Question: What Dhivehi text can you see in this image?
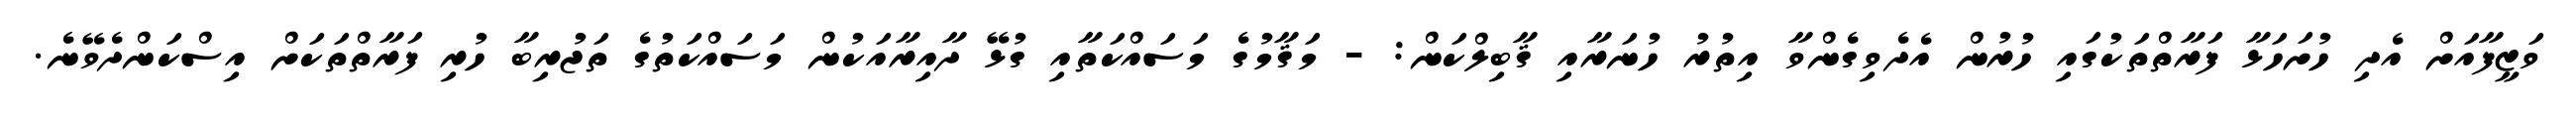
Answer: ވަޒީފާއަށް އެދި ހުށަހަޅާ ފަރާތްތަކުގައި ހުރުން އެދެވިގެންވާ އިތުރު ހުނަރާއި ޤާބިލްކަން: - މަޤާމުގެ މަސައްކަތާއި ގުޅޭ ދާއިރާއަކުން މަސައްކަތުގެ ތަޖުރިބާ ހުރި ފަރާތްތަކަށް އިސްކަންދެވޭނެ.